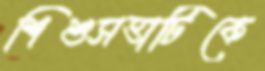
শিশুসত্তাটিকে